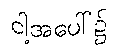
ငါ့အပေါ်၌